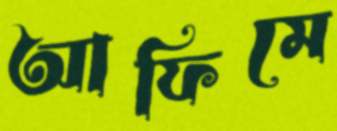
আফিমে